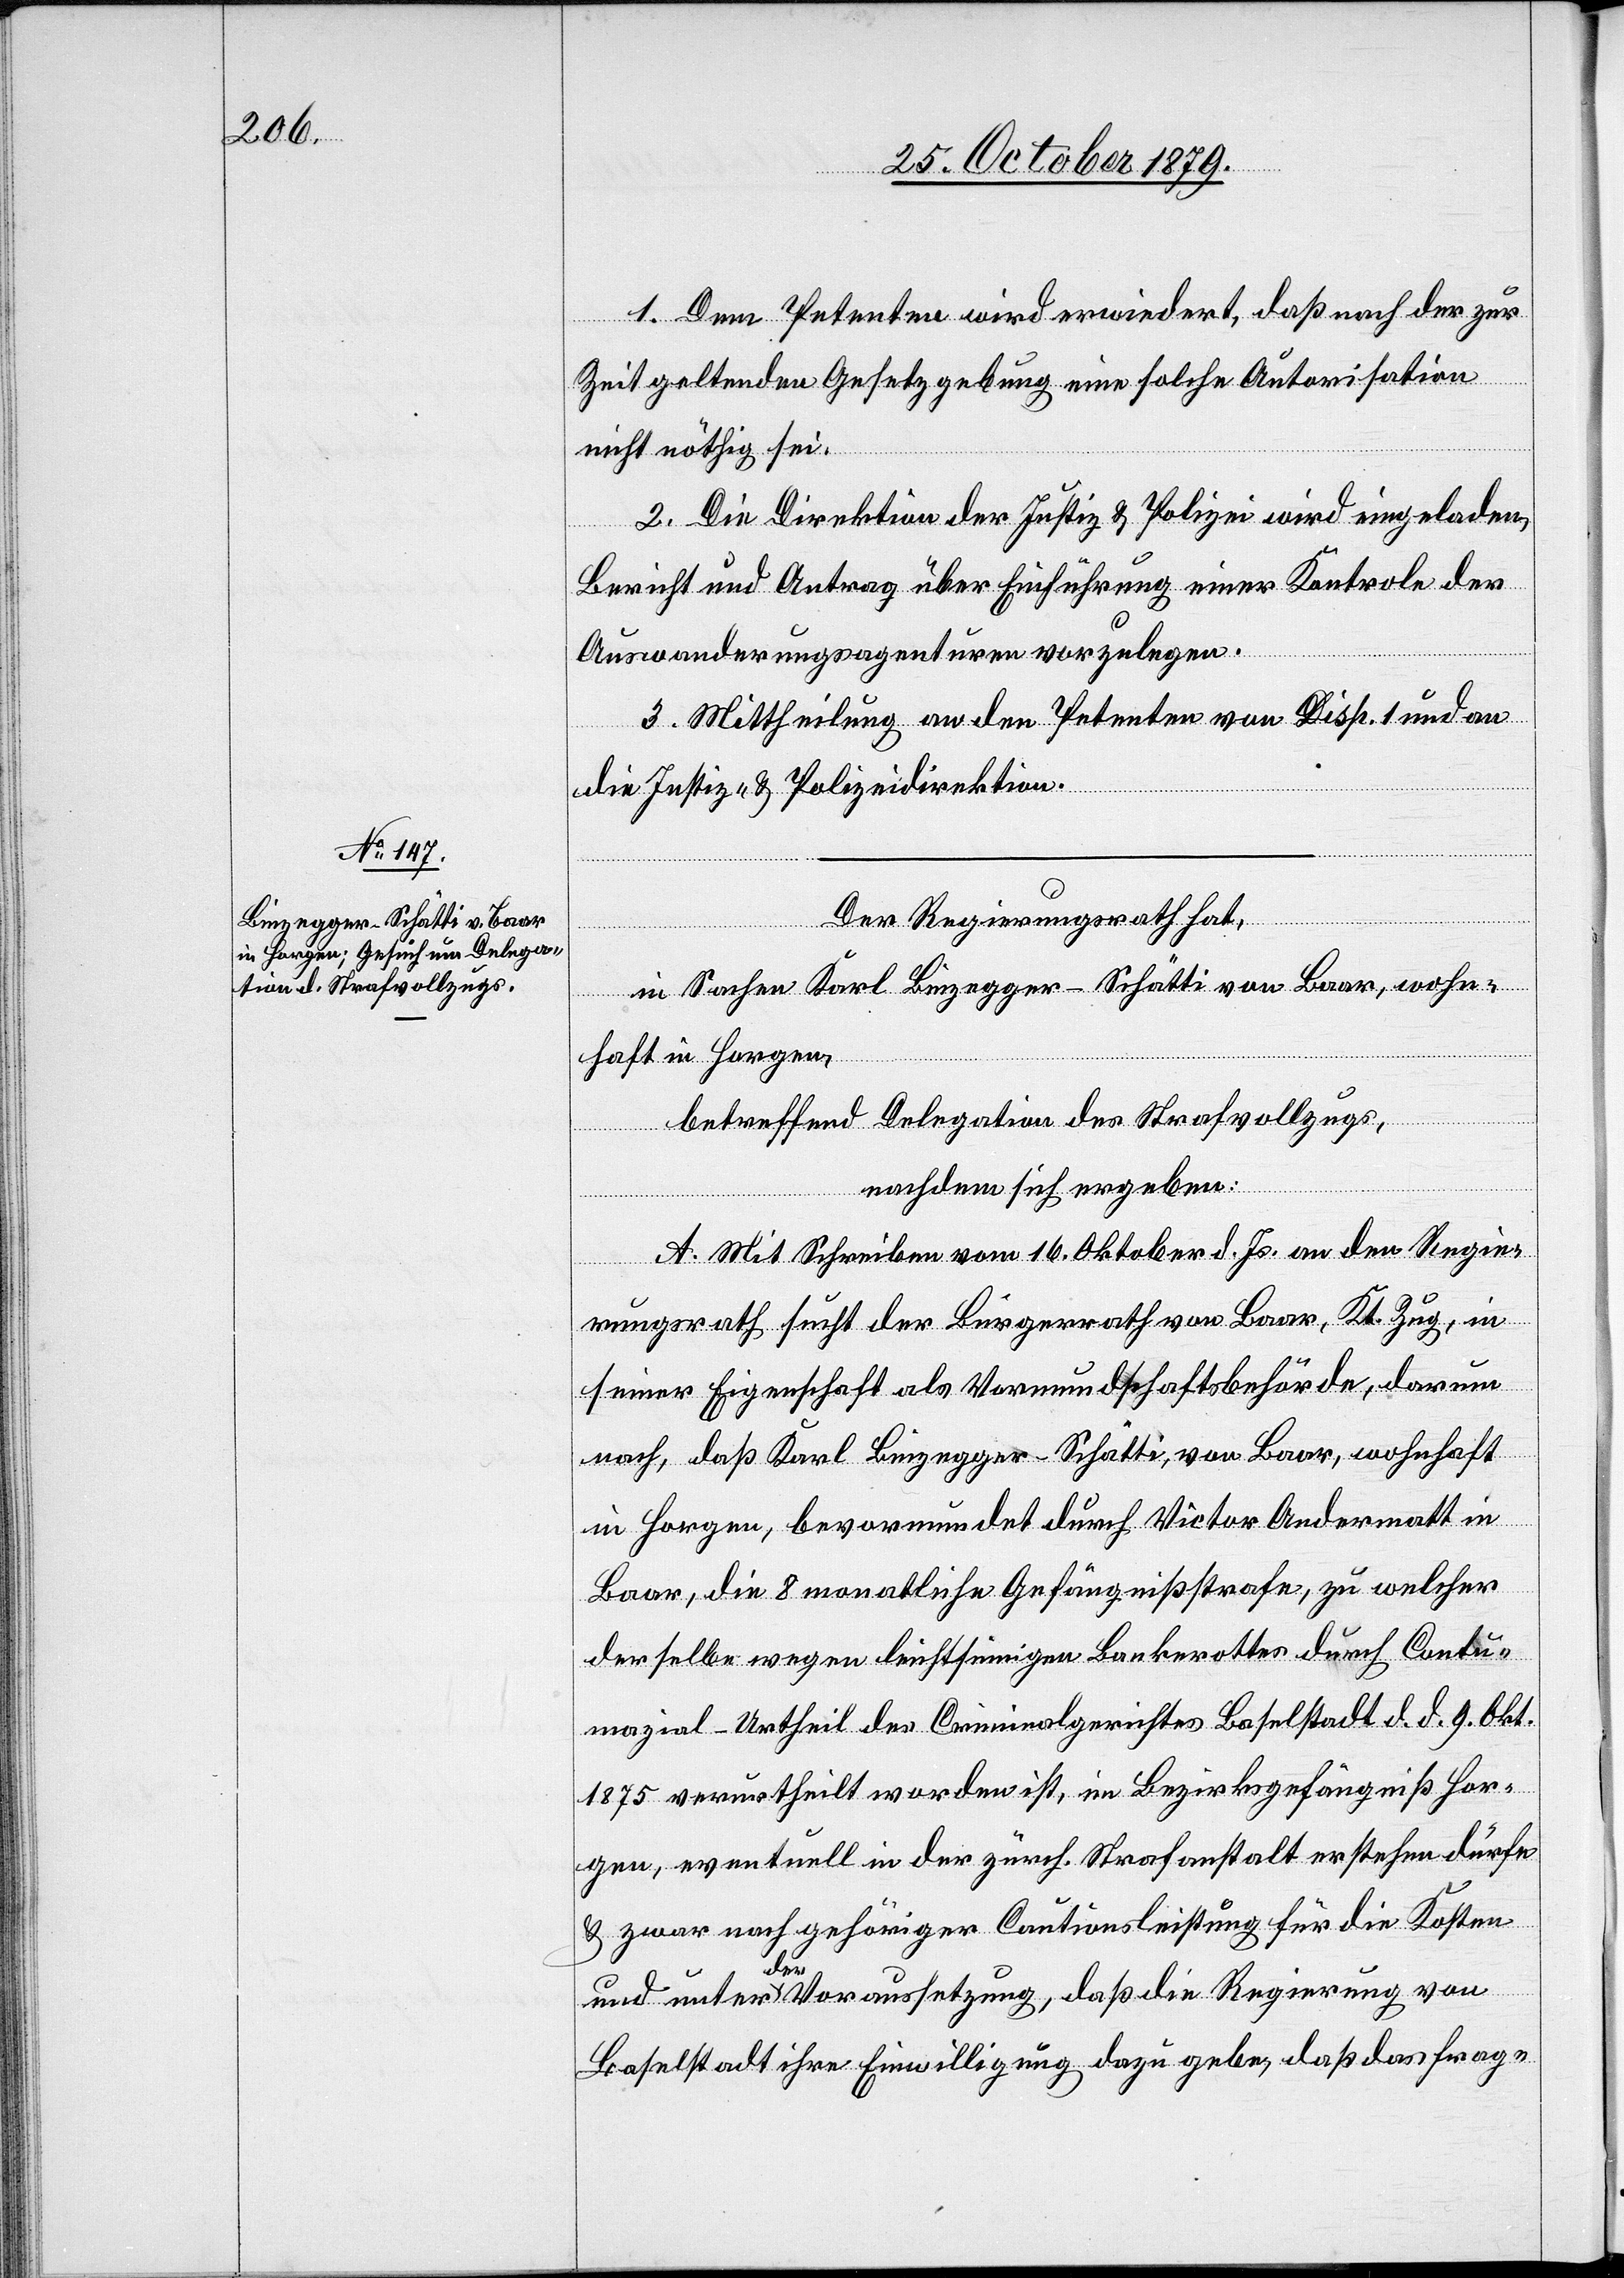
1. Dem Petenten wird erwidert, daß nach der zur
Zeit geltenden Gesetzgebung eine solche Autorisation
nicht nöthig sei.
2. Die Direktion der Justiz & Polizei wird eingeladen,
Bericht und Antrag über Einführung einer Kontrole der
Auswanderungsagenturen vorzulegen.
3. Mittheilung an den Petenten von Disp. 1 und an
die Justiz- & Polizeidirektion.
Der Regierungsrath hat,
in Sachen Karl Binzegger-Schätti von Baar, wohn¬
haft in Horgen,
betreffend Delegation des Strafvollzugs,
nachdem sich ergeben:
A. Mit Schreiben vom 16. Oktober d. Js. an den Regie¬
rungsrath sucht der Bürgerrath von Baar, Kt. Zug, in
seiner Eigenschaft als Vormundschaftsbehörde, darum
nach, daß Karl Binzegger-Schätti, von Baar, wohnhaft
in Horgen, bevormundet durch Victor Andermatt in
Baar, die 8 monatliche Gefängnißstrafe, zu welcher
der Selbe wegen leichtsinnigen Bankerottes durch Contu¬
mazial-Urtheil des Criminalgerichtes Baselstadt d. d. 9. Okt.
1875 verurtheilt worden ist, im Bezirksgefängniß Hor¬
gen, eventuell in der zürch. Strafanstalt erstehen dürfe
& zwar nach gehöriger Cautionsleistung für die Kosten
und unter der Voraussetzung, das die Regierung von
Baselstadt ihre Einwilligung dazu gebe, daß das frag-